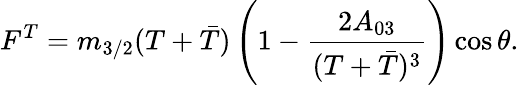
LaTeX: F^{T}=m_{3/2}(T+\bar{T})\left(1-{\frac{2A_{03}}{(T+\bar{T})^{3}}}\right)\cos\theta.